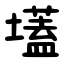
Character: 壒